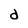
Character: d